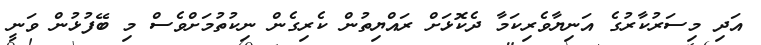
އަދި މިސަރުކާރުގެ އަނިޔާވެރިކަމާ ދެކޮޅަށް ރައްޔިތުން ކެރިގެން ނިކުތުމަށްވެސް މި ބޭފުޅުން ވަނީ